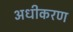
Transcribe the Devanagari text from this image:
अधीकरण